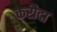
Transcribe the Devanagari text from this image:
करौदा